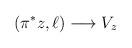
LaTeX: \begin{align*}(\pi^{*}z, \ell) \longrightarrow V_{z}\end{align*}